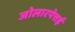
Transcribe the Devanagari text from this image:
जोलारपेत्तई